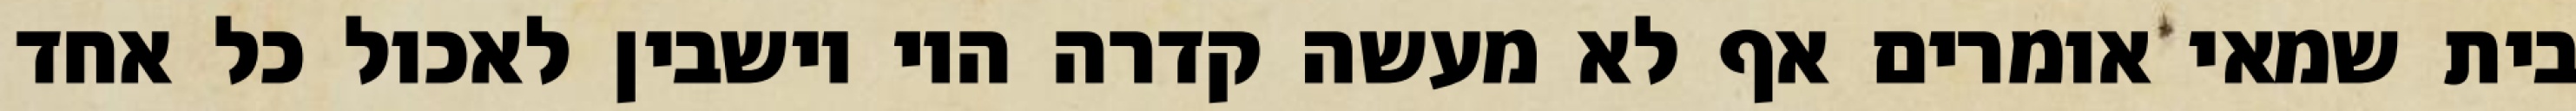
בית שמאי אומרים אף לא מעשה קדרה היו יושבין לאכול כל אחד